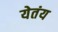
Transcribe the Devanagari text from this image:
येतंय